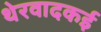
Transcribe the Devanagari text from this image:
थेरवादकई